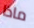
ماذا